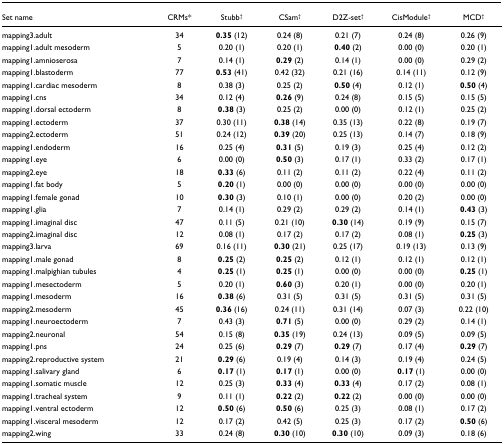
<table><thead><tr><td><b>Set name</b></td><td><b>CRMs*</b></td><td><b>Stubb<sup>†</sup></b></td><td><b>CSam<sup>†</sup></b></td><td><b>D2Z-set<sup>†</sup></b></td><td><b>CisModule<sup>†</sup></b></td><td><b>MCD<sup>†</sup></b></td></tr></thead><tbody><tr><td>mapping3.adult</td><td>34</td><td><b>0.35 </b>(12)</td><td>0.24 (8)</td><td>0.21 (7)</td><td>0.24 (8)</td><td>0.26 (9)</td></tr><tr><td>mapping1.adult mesoderm</td><td>5</td><td>0.20 (1)</td><td>0.20 (1)</td><td><b>0.40 </b>(2)</td><td>0.00 (0)</td><td>0.20 (1)</td></tr><tr><td>mapping1.amnioserosa</td><td>7</td><td>0.14 (1)</td><td><b>0.29 </b>(2)</td><td>0.14 (1)</td><td>0.00 (0)</td><td>0.29 (2)</td></tr><tr><td>mapping1.blastoderm</td><td>77</td><td><b>0.53 </b>(41)</td><td>0.42 (32)</td><td>0.21 (16)</td><td>0.14 (11)</td><td>0.12 (9)</td></tr><tr><td>mapping1.cardiac mesoderm</td><td>8</td><td>0.38 (3)</td><td>0.25 (2)</td><td><b>0.50 </b>(4)</td><td>0.12 (1)</td><td><b>0.50 </b>(4)</td></tr><tr><td>mapping1.cns</td><td>34</td><td>0.12 (4)</td><td><b>0.26 </b>(9)</td><td>0.24 (8)</td><td>0.15 (5)</td><td>0.15 (5)</td></tr><tr><td>mapping1.dorsal ectoderm</td><td>8</td><td><b>0.38 </b>(3)</td><td>0.25 (2)</td><td>0.00 (0)</td><td>0.12 (1)</td><td>0.25 (2)</td></tr><tr><td>mapping1.ectoderm</td><td>37</td><td>0.30 (11)</td><td><b>0.38 </b>(14)</td><td>0.35 (13)</td><td>0.22 (8)</td><td>0.19 (7)</td></tr><tr><td>mapping2.ectoderm</td><td>51</td><td>0.24 (12)</td><td><b>0.39 </b>(20)</td><td>0.25 (13)</td><td>0.14 (7)</td><td>0.18 (9)</td></tr><tr><td>mapping1.endoderm</td><td>16</td><td>0.25 (4)</td><td><b>0.31 </b>(5)</td><td>0.19 (3)</td><td>0.25 (4)</td><td>0.12 (2)</td></tr><tr><td>mapping1.eye</td><td>6</td><td>0.00 (0)</td><td><b>0.50 </b>(3)</td><td>0.17 (1)</td><td>0.33 (2)</td><td>0.17 (1)</td></tr><tr><td>mapping2.eye</td><td>18</td><td><b>0.33 </b>(6)</td><td>0.11 (2)</td><td>0.11 (2)</td><td>0.22 (4)</td><td>0.11 (2)</td></tr><tr><td>mapping1.fat body</td><td>5</td><td><b>0.20 </b>(1)</td><td>0.00 (0)</td><td>0.00 (0)</td><td>0.00 (0)</td><td>0.00 (0)</td></tr><tr><td>mapping1.female gonad</td><td>10</td><td><b>0.30 </b>(3)</td><td>0.10 (1)</td><td>0.00 (0)</td><td>0.20 (2)</td><td>0.00 (0)</td></tr><tr><td>mapping1.glia</td><td>7</td><td>0.14 (1)</td><td>0.29 (2)</td><td>0.29 (2)</td><td>0.14 (1)</td><td><b>0.43 </b>(3)</td></tr><tr><td>mapping1.imaginal disc</td><td>47</td><td>0.11 (5)</td><td>0.21 (10)</td><td><b>0.30 </b>(14)</td><td>0.19 (9)</td><td>0.15 (7)</td></tr><tr><td>mapping2.imaginal disc</td><td>12</td><td>0.08 (1)</td><td>0.17 (2)</td><td>0.17 (2)</td><td>0.08 (1)</td><td><b>0.25 </b>(3)</td></tr><tr><td>mapping3.larva</td><td>69</td><td>0.16 (11)</td><td><b>0.30 </b>(21)</td><td>0.25 (17)</td><td>0.19 (13)</td><td>0.13 (9)</td></tr><tr><td>mapping1.male gonad</td><td>8</td><td><b>0.25 </b>(2)</td><td><b>0.25 </b>(2)</td><td>0.12 (1)</td><td>0.12 (1)</td><td>0.12 (1)</td></tr><tr><td>mapping1.malpighian tubules</td><td>4</td><td><b>0.25 </b>(1)</td><td><b>0.25 </b>(1)</td><td>0.00 (0)</td><td>0.00 (0)</td><td><b>0.25 </b>(1)</td></tr><tr><td>mapping1.mesectoderm</td><td>5</td><td>0.20 (1)</td><td><b>0.60 </b>(3)</td><td>0.20 (1)</td><td>0.00 (0)</td><td>0.20 (1)</td></tr><tr><td>mapping1.mesoderm</td><td>16</td><td><b>0.38 </b>(6)</td><td>0.31 (5)</td><td>0.31 (5)</td><td>0.31 (5)</td><td>0.31 (5)</td></tr><tr><td>mapping2.mesoderm</td><td>45</td><td><b>0.36 </b>(16)</td><td>0.24 (11)</td><td>0.31 (14)</td><td>0.07 (3)</td><td>0.22 (10)</td></tr><tr><td>mapping1.neuroectoderm</td><td>7</td><td>0.43 (3)</td><td><b>0.71 </b>(5)</td><td>0.00 (0)</td><td>0.29 (2)</td><td>0.14 (1)</td></tr><tr><td>mapping2.neuronal</td><td>54</td><td>0.15 (8)</td><td><b>0.35 </b>(19)</td><td>0.24 (13)</td><td>0.09 (5)</td><td>0.09 (5)</td></tr><tr><td>mapping1.pns</td><td>24</td><td>0.25 (6)</td><td><b>0.29 </b>(7)</td><td><b>0.29 </b>(7)</td><td>0.17 (4)</td><td><b>0.29 </b>(7)</td></tr><tr><td>mapping2.reproductive system</td><td>21</td><td><b>0.29 </b>(6)</td><td>0.19 (4)</td><td>0.14 (3)</td><td>0.19 (4)</td><td>0.24 (5)</td></tr><tr><td>mapping1.salivary gland</td><td>6</td><td><b>0.17 </b>(1)</td><td><b>0.17 </b>(1)</td><td>0.00 (0)</td><td><b>0.17 </b>(1)</td><td>0.00 (0)</td></tr><tr><td>mapping1.somatic muscle</td><td>12</td><td>0.25 (3)</td><td><b>0.33 </b>(4)</td><td><b>0.33 </b>(4)</td><td>0.17 (2)</td><td>0.08 (1)</td></tr><tr><td>mapping1.tracheal system</td><td>9</td><td>0.11 (1)</td><td><b>0.22 </b>(2)</td><td><b>0.22 </b>(2)</td><td>0.00 (0)</td><td>0.00 (0)</td></tr><tr><td>mapping1.ventral ectoderm</td><td>12</td><td><b>0.50 </b>(6)</td><td><b>0.50 </b>(6)</td><td>0.25 (3)</td><td>0.08 (1)</td><td>0.17 (2)</td></tr><tr><td>mapping1.visceral mesoderm</td><td>12</td><td>0.17 (2)</td><td>0.42 (5)</td><td>0.25 (3)</td><td>0.17 (2)</td><td><b>0.50 </b>(6)</td></tr><tr><td>mapping2.wing</td><td>33</td><td>0.24 (8)</td><td><b>0.30 </b>(10)</td><td><b>0.30 </b>(10)</td><td>0.09 (3)</td><td>0.18 (6)</td></tr></tbody></table>